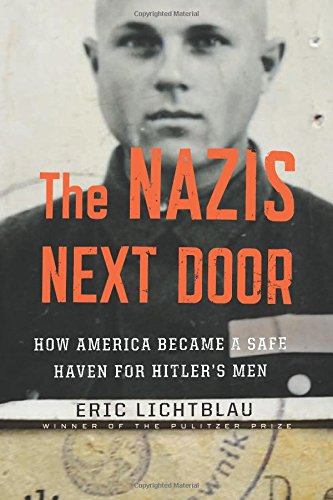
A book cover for The Nazis Next Door: How America Became a Safe Haven for Hitler's Men; Eric Lichtblau; Law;